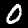
Label: 0